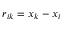
\boldsymbol { r } _ { i k } = \boldsymbol { x } _ { k } - \boldsymbol { x } _ { i }